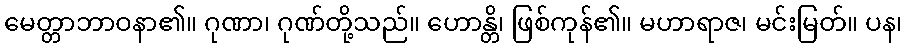
မေတ္တာဘာဝနာ၏။ ဂုဏာ၊ ဂုဏ်တို့သည်။ ဟောန္တိ၊ ဖြစ်ကုန်၏။ မဟာရာဇ၊ မင်းမြတ်။ ပန၊